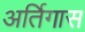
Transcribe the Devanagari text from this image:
अर्तिगास